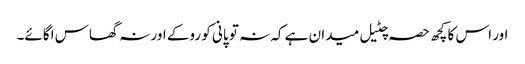
اور اس کا کچھ حصہ چٹیل میدان ہے کہ نہ تو پانی کو روکے اور نہ گھاس اگائے۔